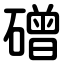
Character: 磳